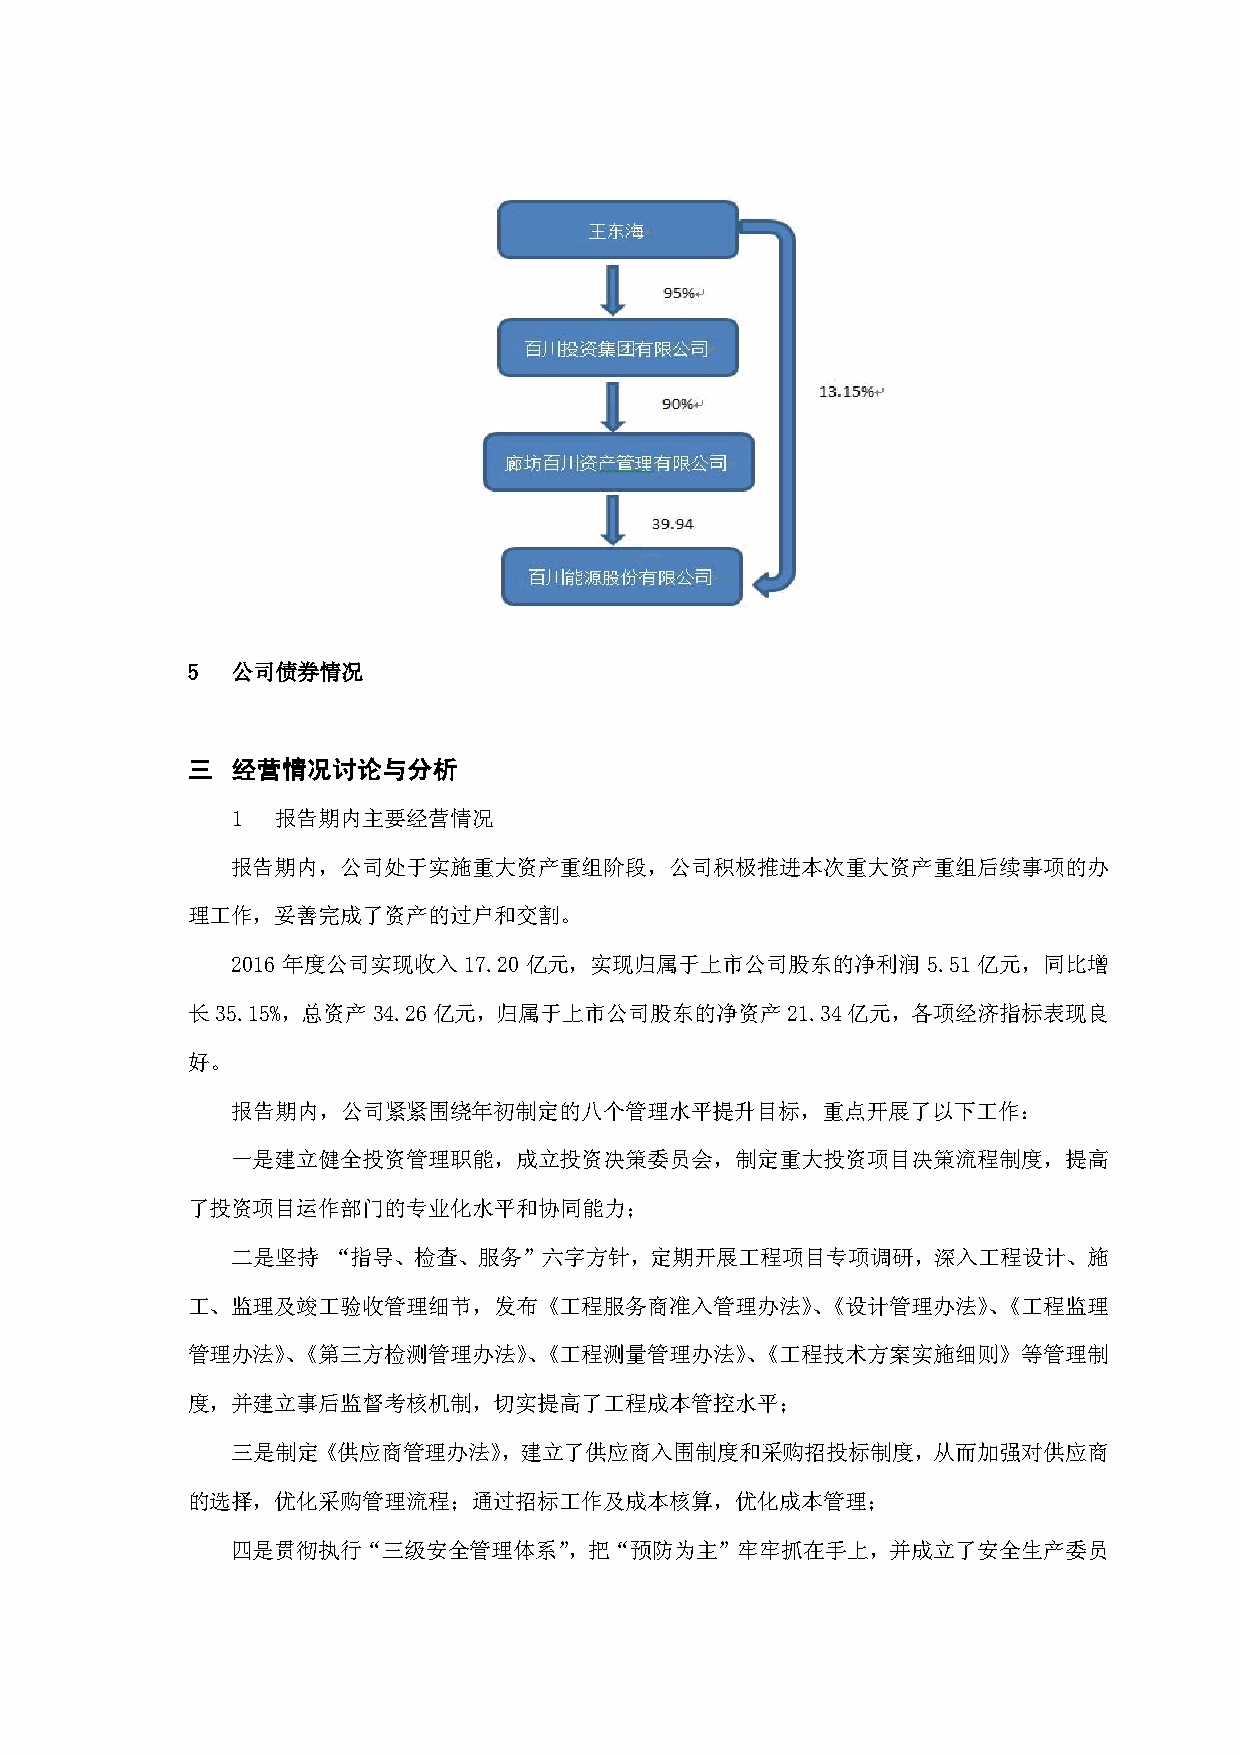
5  公司债券情况
 三  经营情况讨论与分析
 1  报告期内主要经营情况
 报告期内，公司处于实施重大资产重组阶段，公司积极推进本次重大资产重组后续事项的办
 理工作，妥善完成了资产的过户和交割。
 2016 年度公司实现收入   17.20 亿元，实现归属于上市公司股东的净利润      5.51 亿元，同比增
 长35.15%，总资产34.26亿元，归属于上市公司股东的净资产21.34亿元，各项经济指标表现良
 好。
 报告期内，公司紧紧围绕年初制定的八个管理水平提升目标，重点开展了以下工作：
 一是建立健全投资管理职能，成立投资决策委员会，制定重大投资项目决策流程制度，提高
 了投资项目运作部门的专业化水平和协同能力；
 二是坚持   “指导、检查、服务”六字方针，定期开展工程项目专项调研，深入工程设计、施
 工、监理及竣工验收管理细节，发布《工程服务商准入管理办法》、《设计管理办法》、《工程监理
 管理办法》、《第三方检测管理办法》、《工程测量管理办法》、《工程技术方案实施细则》等管理制
 度，并建立事后监督考核机制，切实提高了工程成本管控水平；
 三是制定《供应商管理办法》，建立了供应商入围制度和采购招投标制度，从而加强对供应商
 的选择，优化采购管理流程；通过招标工作及成本核算，优化成本管理；
 四是贯彻执行“三级安全管理体系”，把“预防为主”牢牢抓在手上，并成立了安全生产委员